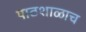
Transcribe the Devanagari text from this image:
पाठशाळाच